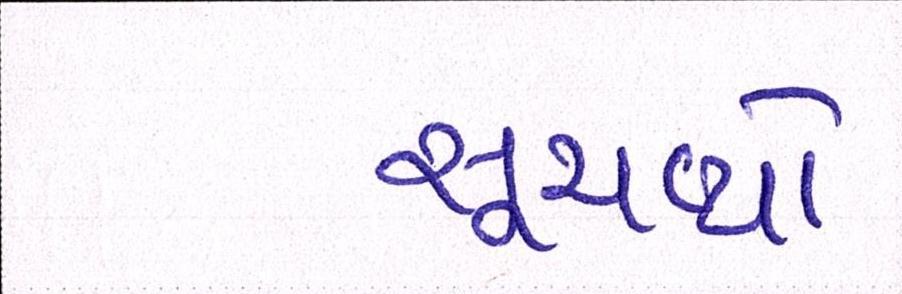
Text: સૂચવ્યો